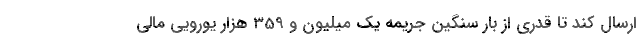
ارسال کند تا قدری از بار سنگین جریمه یک میلیون و 359 هزار یورویی مالی